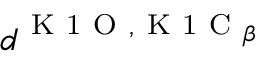
d ^ { \mathrm { ~ K ~ 1 ~ O ~ } , \mathrm { ~ K ~ 1 ~ C ~ } _ { \beta } }